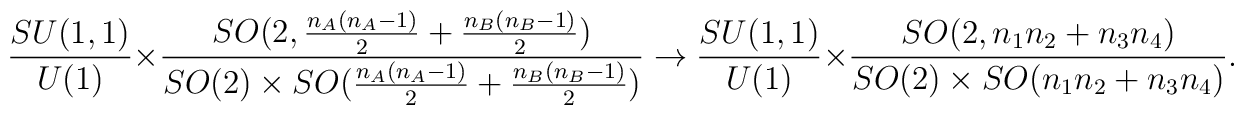
\frac{SU(1,1)}{U(1)}\times\frac{SO(2,\frac{n_A(n_A-1)}{2}+\frac{n_B(n_B-1)}{2} )}{SO(2)\times SO(\frac{n_A(n_A-1)}{2}+\frac{n_B(n_B-1)}{2}) } \to\frac{SU(1,1)}{U(1)}\times \frac{SO(2,n_1 n_2 + n_3 n_4)}{SO(2)\times SO(n_1 n_2 + n_3 n_4) }.